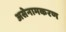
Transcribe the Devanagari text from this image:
असेनामकरण